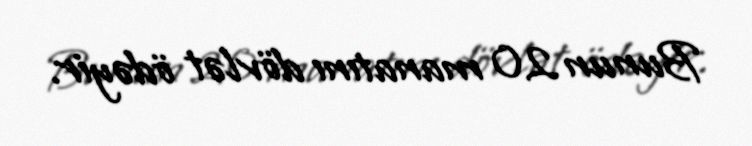
Bunun 20 manatını dövlət ödəyir.